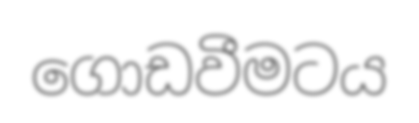
ගොඩවීමටය